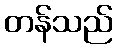
တန်သည်